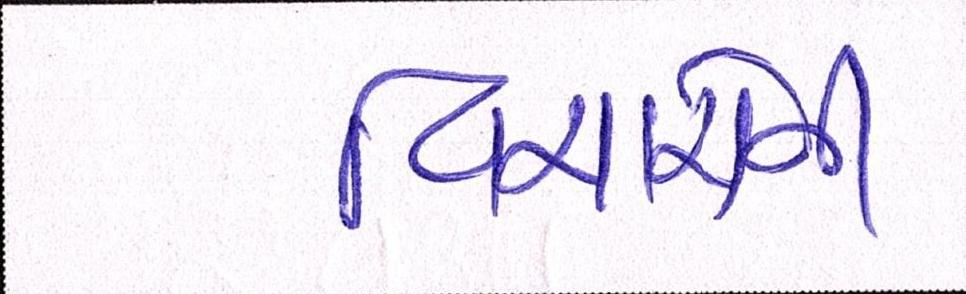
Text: વિચારોની